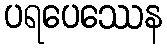
ပရပေဿေန